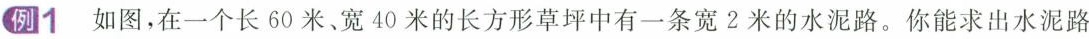
例1 如图，在一个长60米、宽40米的长方形草坪中有一条宽2米的水泥路。你能求出水泥路